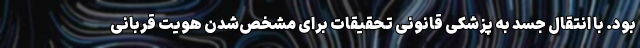
بود. با انتقال جسد به پزشکی قانونی تحقیقات برای مشخص‌شدن هویت قربانی